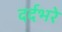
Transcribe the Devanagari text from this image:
दर्दभरे